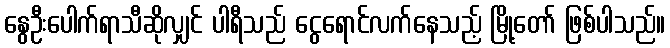
နွေဦးပေါက်ရာသီဆိုလျှင် ပါရီသည် ငွေရောင်လက်နေသည့် မြို့တော် ဖြစ်ပါသည်။